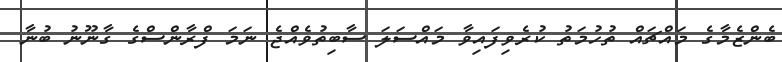
ބެންޒެމާގެ މައްޗައް ތުހުމަތު ކުރެވިފައިވާ މައްސަލަ ސާބިތުވެއްޖެ ނަމަ ފްރާންސްގެ ގާނޫނު ބުނާ